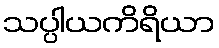
သပ္ပါယကိရိယာ